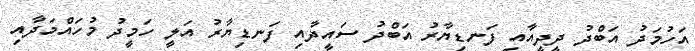
އަހުމަދު އަބްދު ދީދީއާއި ފަނޑިޔާރު އަބްދު ސައީދާއި ފަނޑިޔާރު އަލީ ހަމީދު މުހައްމަދާއި